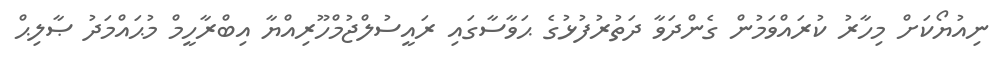
ނިއުޔޯކަށް މިހާރު ކުރައްވަމުން ގެންދަވާ ދަތުރުފުޅުގެ ޙަވާސާގައި ރައީސުލްޖުމްހޫރިއްޔާ އިބްރާހީމް މުޙައްމަދު ޞާލިޙް